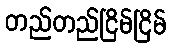
တည်တည်ငြိမ်ငြိမ်